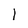
Character: l